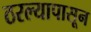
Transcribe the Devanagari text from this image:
ठरल्यापासून